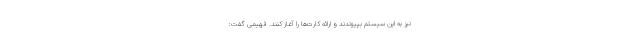
نیز به این سیستم بپیوندند و ارائه کارت‌ها را آغاز کنند. فهیمی گفت: